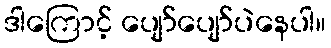
ဒါကြောင့် ပျော်ပျော်ပဲနေပါ။